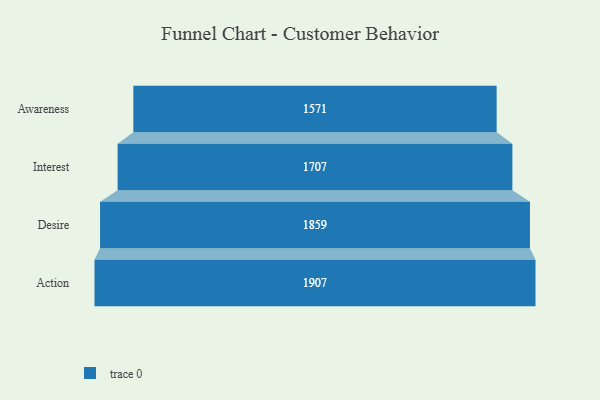
{"axis": {"x": "Stage", "y": "Value"}, "legend": [""], "data": [{"x": "Awareness", "y": 1571.0, "type": ""}, {"x": "Interest", "y": 1707.0, "type": ""}, {"x": "Desire", "y": 1859.0, "type": ""}, {"x": "Action", "y": 1907.0, "type": ""}]}